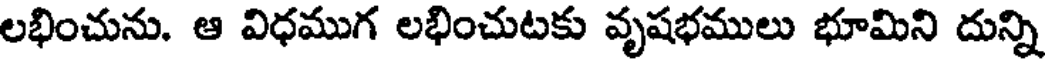
లభించును. ఆ విధముగ లభించుటకు వృషభములు భూమిని దున్ని